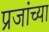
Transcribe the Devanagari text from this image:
प्रजांच्या